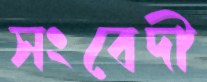
সংবেদী